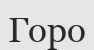
Горо